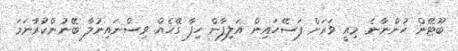
ބޫޓޭން ހުންނާނެ. މިއީ ވަރަށް ފަސޭހައިން އަލިފާން ހިފާ ގޭހެއް. ވިސްނައިނުލާ ބޭނުންކުަރާނަމަ